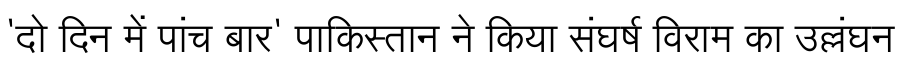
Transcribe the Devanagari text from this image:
'दो दिन में पांच बार' पाकिस्तान ने किया संघर्ष विराम का उल्लंघन